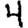
Digit: 4